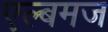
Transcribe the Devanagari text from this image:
एल्बमज